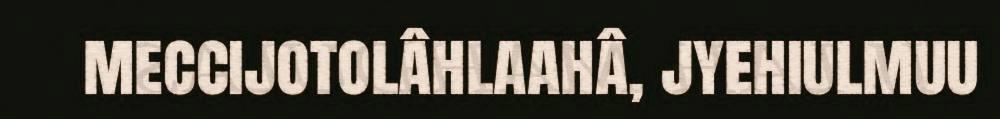
meccijotolâhlaahâ, jyehiulmuu